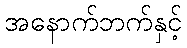
အနောက်ဘက်နှင့်